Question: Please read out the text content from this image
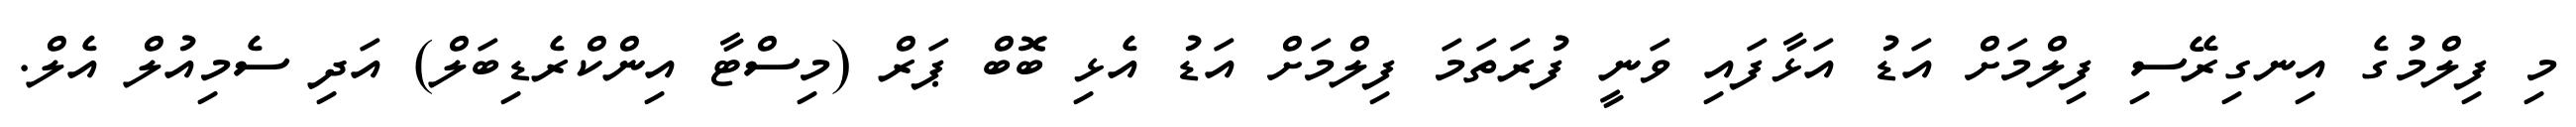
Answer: މި ފިލްމުގެ އިނގިރޭސި ފިލްމަށް އަޑު އަޅާފައި ވަނީ ފުރަތަމަ ފިލްމަށް އަޑު އެޅި ބޮބް ޕަރް (މިސްޓާ އިންކްރެޑިބަލް) އަދި ސެމިއުލް އެލް.